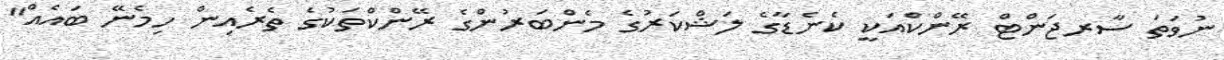
ނުވަތަ ސާރޖަންޓް ރޭންކްއަކީ ކެނެޑާގެ ލަޝްކަރުގެ މެންބަރުންގެ ރޭންކްތަކުގެ ތެރެއިން ހިމެނޭ ބައެއް"